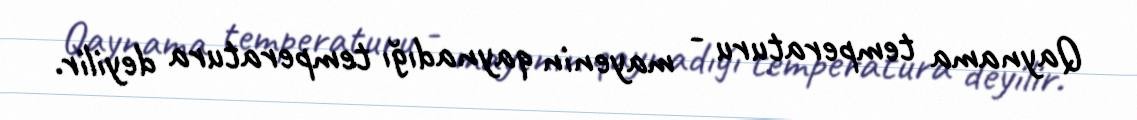
Qaynama temperaturu - mayenin qaynadığı temperatura deyilir.